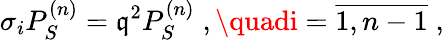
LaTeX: \sigma_{i}P_{S}^{(n)}=\mathfrak{q}^{2}P_{S}^{(n)}\; ,\quadi=\overline{{{{1,n-1}}}}\; ,